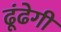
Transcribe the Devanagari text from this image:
ढूंढेगी